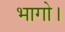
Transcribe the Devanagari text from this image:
भागो।